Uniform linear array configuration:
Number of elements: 32
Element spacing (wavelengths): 0.25
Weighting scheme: hamming
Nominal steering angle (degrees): -15
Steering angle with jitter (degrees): -15.709
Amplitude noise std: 0.05
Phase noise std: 0.05

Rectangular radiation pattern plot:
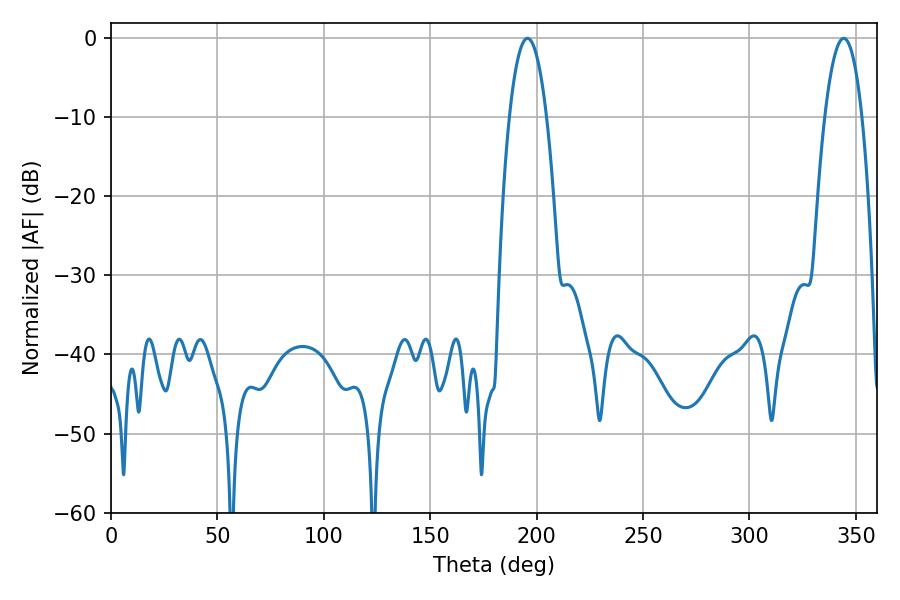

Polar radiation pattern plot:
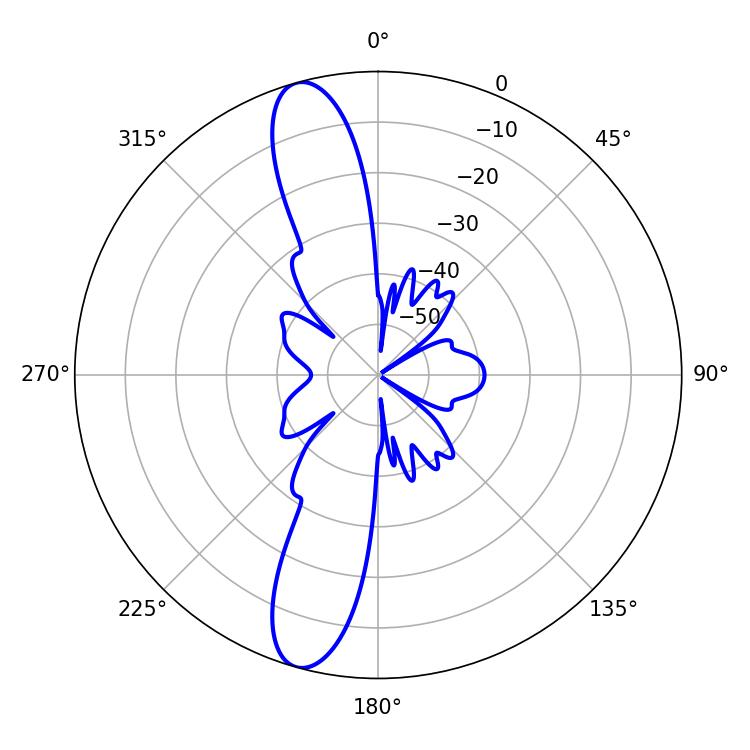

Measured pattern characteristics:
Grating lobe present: FALSE
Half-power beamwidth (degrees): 9.72
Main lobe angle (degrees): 195.66